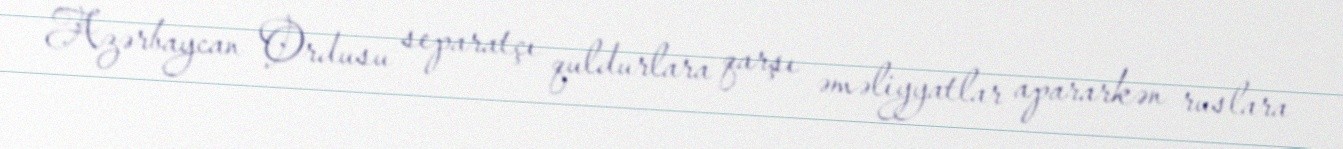
Azərbaycan Ordusu separatçı quldurlara qarşı əməliyyatlar apararkən ruslara